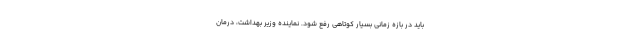
باید در بازه زمانی بسیار کوتاهی رفع شود. نماینده وزیر بهداشت، درمان